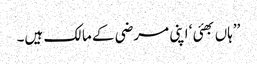
’’ہاں بھئی ‘ اپنی مرضی کے مالک ہیں۔